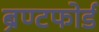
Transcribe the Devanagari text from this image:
ब्रेण्टफोर्ड